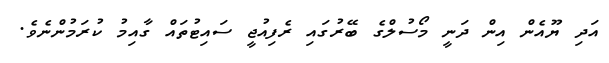
އަދި ޔޫއެން އިން ދަނީ މޯސުލްގެ ބޭރުގައި ރެފިއުޖީ ސައިޓުތައް ގާއިމު ކުރަމުންނެވެ.